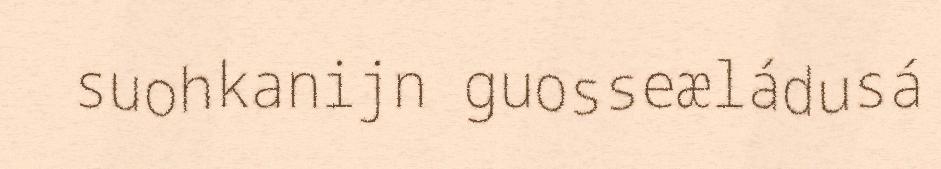
suohkanijn guosseæládusá